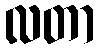
လတာ